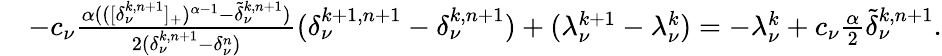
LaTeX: \begin{array}{rl}&{-c_{\nu}\frac{\alpha(([\delta_{\nu}^{k,n+1}]_{+})^{\alpha-1}-\widetilde\delta_{\nu}^{k,n+1})}{2(\delta_{\nu}^{k,n+1}-\delta_{\nu}^{n})}(\delta_{\nu}^{k+1,n+1}-\delta_{\nu}^{k,n+1})+(\lambda_{\nu}^{k+1}-\lambda_{\nu}^{k})=-\lambda_{\nu}^{k}+c_{\nu}\frac{\alpha}{2}\widetilde\delta_{\nu}^{k,n+1}.}\end{array}